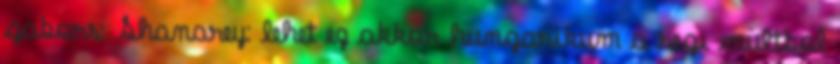
gabors: Shanarey: lehet ez akkor hungarikum a regi multbol